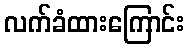
လက်ခံထားကြောင်း